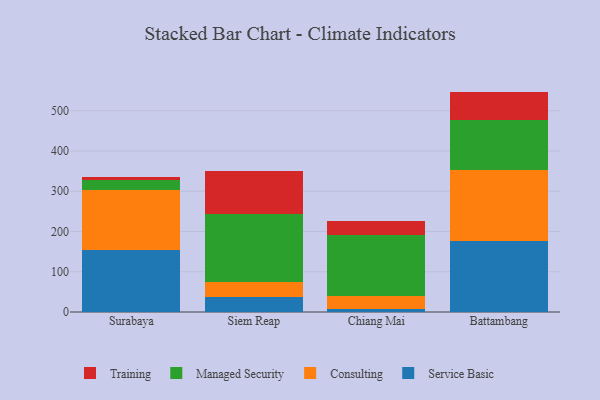
{"axis": {"x": "City", "y": "Churn Rate (%)"}, "legend": ["Consulting", "Managed Security", "Service Basic", "Training"], "data": [{"x": "Surabaya", "y": 154.9, "type": "Service Basic"}, {"x": "Surabaya", "y": 148.7, "type": "Consulting"}, {"x": "Surabaya", "y": 25.4, "type": "Managed Security"}, {"x": "Surabaya", "y": 6.3, "type": "Training"}, {"x": "Siem Reap", "y": 37.5, "type": "Service Basic"}, {"x": "Siem Reap", "y": 37.2, "type": "Consulting"}, {"x": "Siem Reap", "y": 169.7, "type": "Managed Security"}, {"x": "Siem Reap", "y": 105.8, "type": "Training"}, {"x": "Chiang Mai", "y": 7.1, "type": "Service Basic"}, {"x": "Chiang Mai", "y": 32.3, "type": "Consulting"}, {"x": "Chiang Mai", "y": 152.1, "type": "Managed Security"}, {"x": "Chiang Mai", "y": 33.7, "type": "Training"}, {"x": "Battambang", "y": 177.0, "type": "Service Basic"}, {"x": "Battambang", "y": 176.8, "type": "Consulting"}, {"x": "Battambang", "y": 124.3, "type": "Managed Security"}, {"x": "Battambang", "y": 69.4, "type": "Training"}]}